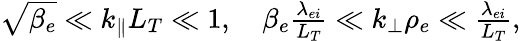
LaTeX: \begin{array}{r}{\sqrt{\beta_{e}}\ll k_{\parallel}L_{T}\ll 1,\quad\beta_{e}\frac{\lambda_{ei}}{L_{T}}\ll k_{\perp}\rho_{e}\ll\frac{\lambda_{ei}}{L_{T}},}\end{array}